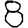
Digit: 8